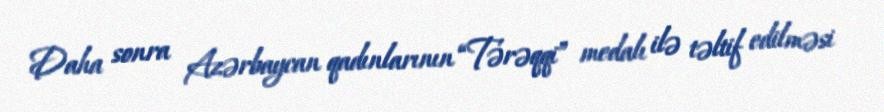
Daha sonra Azərbaycan qadınlarının “Tərəqqi” medalı ilə təltif edilməsi